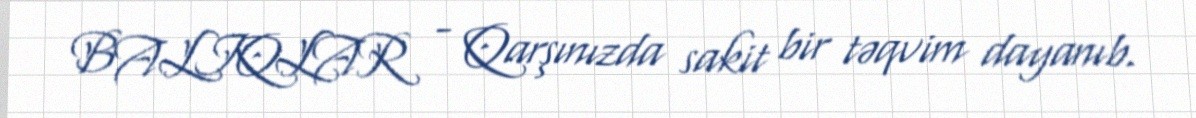
BALIQLAR - Qarşınızda sakit bir təqvim dayanıb.